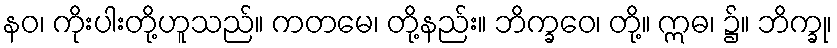
နဝ၊ ကိုးပါးတို့ဟူသည်။ ကတမေ၊ တို့နည်း။ ဘိက္ခဝေ၊ တို့။ ဣဓ၊ ၌။ ဘိက္ခု၊